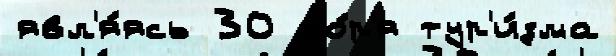
явл'я́ясь 30 мо́р'я тур'и́зма